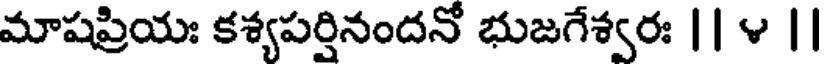
మాషప్రియః కశ్యపర్షినందనో భుజగేశ్వరః || ౪ ||